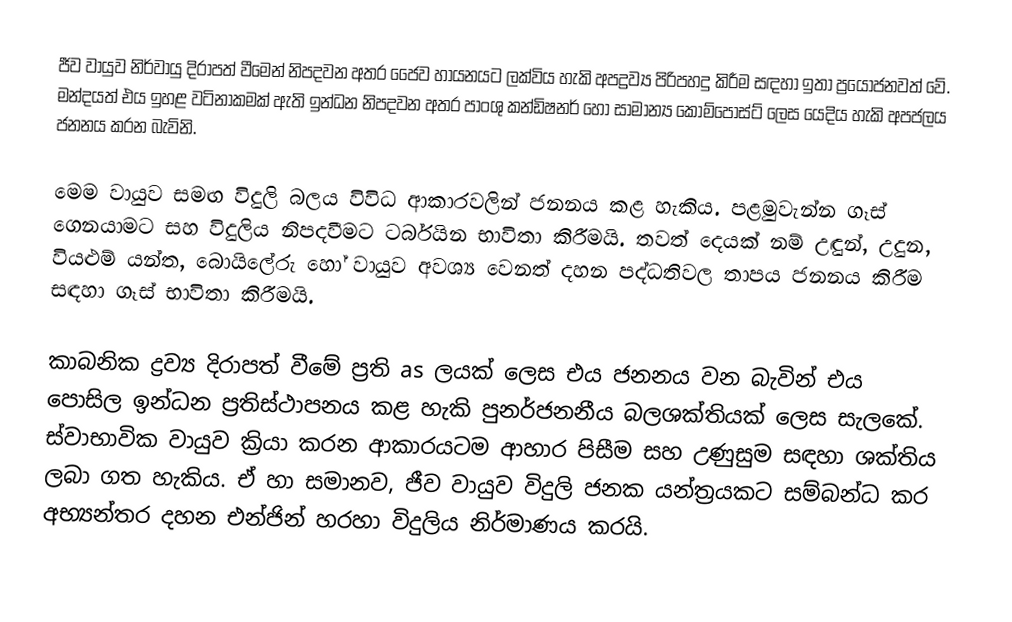
ජීව වායුව නිර්වායු දිරාපත් වීමෙන් නිපදවන අතර ජෛව හායනයට ලක්විය හැකි අපද්‍රව්‍ය පිරිපහදු කිරීම සඳහා ඉතා ප්‍රයෝජනවත් වේ. මන්දයත් එය ඉහළ වටිනාකමක් ඇති ඉන්ධන නිපදවන අතර පාංශු කන්ඩිෂනර් හෝ සාමාන්‍ය කොම්පෝස්ට් ලෙස යෙදිය හැකි අපජලය ජනනය කරන බැවිනි.

මෙම වායුව සමඟ විදුලි බලය විවිධ ආකාරවලින් ජනනය කළ හැකිය. පළමුවැන්න ගෑස් ගෙනයාමට සහ විදුලිය නිපදවීමට ටර්බයින භාවිතා කිරීමයි. තවත් දෙයක් නම් උඳුන්, උදුන, වියළුම් යන්ත, බොයිලේරු හෝ වායුව අවශ්‍ය වෙනත් දහන පද්ධතිවල තාපය ජනනය කිරීම සඳහා ගෑස් භාවිතා කිරීමයි.

කාබනික ද්‍රව්‍ය දිරාපත් වීමේ ප්‍රති as ලයක් ලෙස එය ජනනය වන බැවින් එය පොසිල ඉන්ධන ප්‍රතිස්ථාපනය කළ හැකි පුනර්ජනනීය බලශක්තියක් ලෙස සැලකේ. ස්වාභාවික වායුව ක්‍රියා කරන ආකාරයටම ආහාර පිසීම සහ උණුසුම සඳහා ශක්තිය ලබා ගත හැකිය. ඒ හා සමානව, ජීව වායුව විදුලි ජනක යන්ත්‍රයකට සම්බන්ධ කර අභ්‍යන්තර දහන එන්ජින් හරහා විදුලිය නිර්මාණය කරයි.